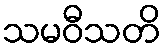
သမဝီသတိ